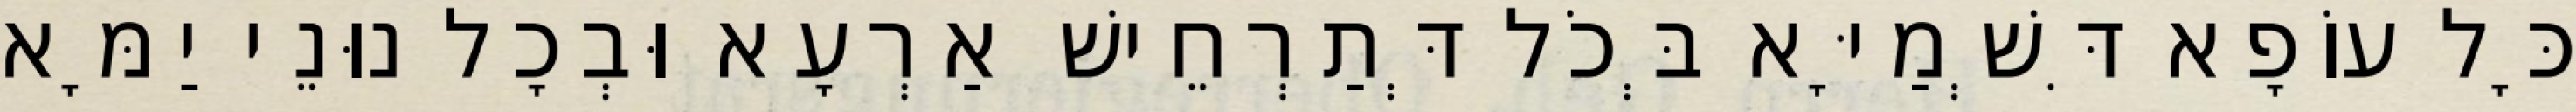
כָּל עוֹפָא דִּשְׁמַיָּא בְּכֹל דְּתַרְחֵישׁ אַרְעָא וּבְכָל נוּנֵי יַמָּא